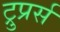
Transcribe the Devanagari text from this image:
ट्रुप्रर्स